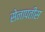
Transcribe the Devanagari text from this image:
सेनापतीस